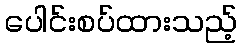
ပေါင်းစပ်ထားသည့်